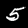
Label: 5